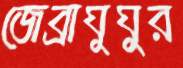
জেব্রাঘুঘুর